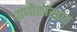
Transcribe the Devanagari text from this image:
प्राणीशास्त्रात